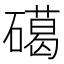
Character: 礍